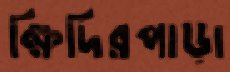
ক্ষিদিরপাড়া